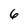
Character: 6